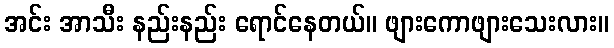
အင်း အာသီး နည်းနည်း ရောင်နေတယ်။ ဖျားကောဖျားသေးလား။